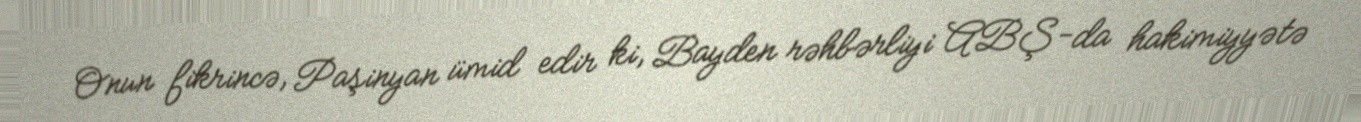
Onun fikrincə, Paşinyan ümid edir ki, Bayden rəhbərliyi ABŞ-da hakimiyyətə